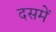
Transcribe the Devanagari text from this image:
दसमें